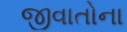
જીવાતોના